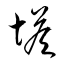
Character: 塔